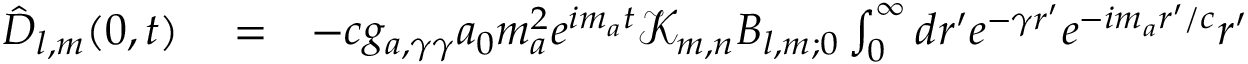
\begin{array} { r l r } { { \hat { \boldsymbol D } } _ { l , m } ( 0 , t ) } & { { } = } & { - c g _ { a , \gamma \gamma } a _ { 0 } m _ { a } ^ { 2 } e ^ { i m _ { a } t } \mathcal K _ { m , n } \boldsymbol B _ { l , m ; 0 } \int _ { 0 } ^ { \infty } d r ^ { \prime } e ^ { - \gamma r ^ { \prime } } e ^ { - i m _ { a } r ^ { \prime } / c } r ^ { \prime } } \end{array}